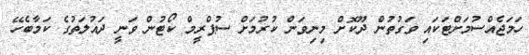
ހަމަޖެއްސުމަށްޓަކައި ވަގުތުން ދޫކޮށް މިނިވަން ކުރުމަށް ސުޕްރީމް ކޯޓުން ވަނީ ދައުލަތުގެ ކަމާބެހޭ